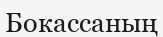
Бокассаның